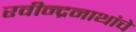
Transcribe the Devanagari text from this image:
रवीन्द्रनाथांचे